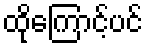
ထိုကြောင့်ပင်